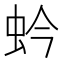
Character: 蚙